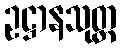
ဥဋ္ဌာနသုတ္တ